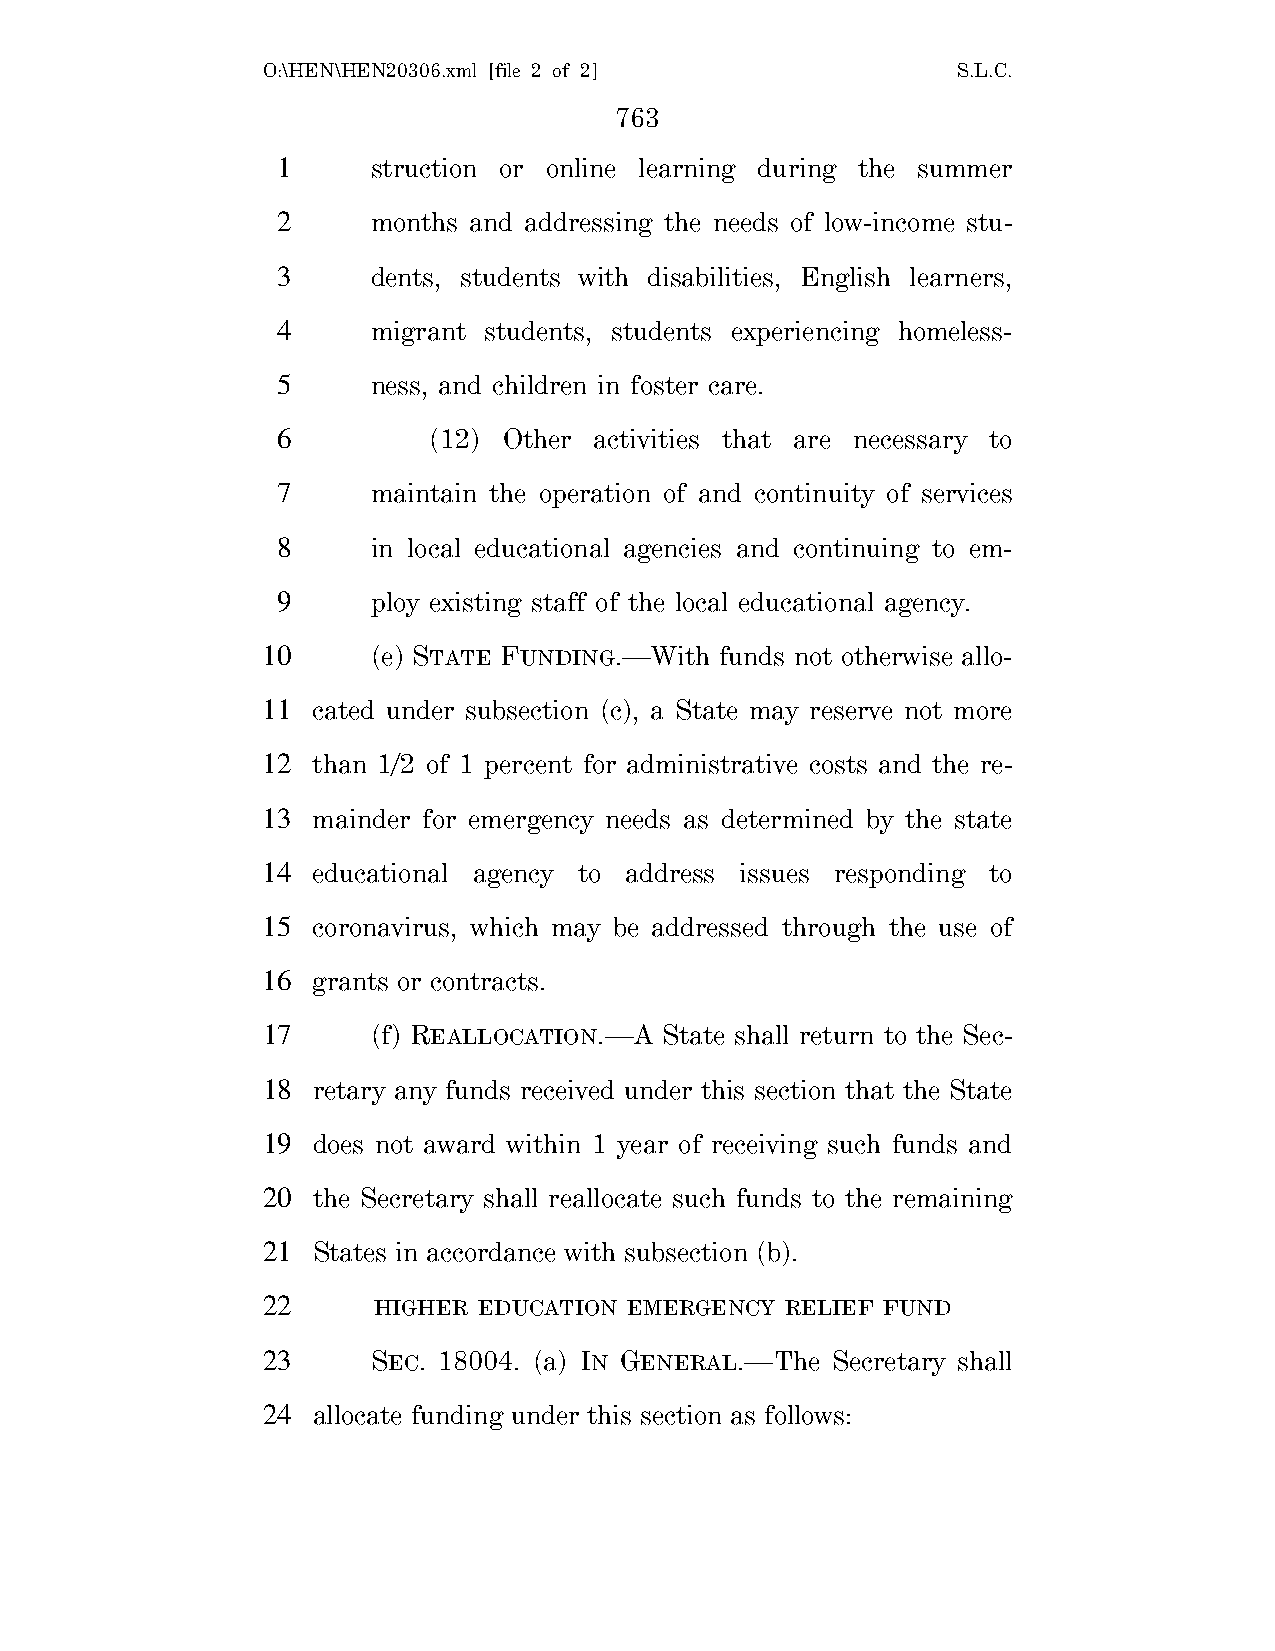
O:\HEN\HEN20306.xml [file 2 of 2]             S.L.C.
 763
 1      struction or online learning during the summer
 2      months and addressing the needs of low-income stu-
 3      dents, students with disabilities, English learners,
 4      migrant students, students experiencing homeless-
 5      ness, and children in foster care.
 6         (12) Other activities that are necessary to
 7      maintain the operation of and continuity of services
 8      in local educational agencies and continuing to em-
 9      ploy existing staff of the local educational agency.
 10      (e) STATE FUNDING.—With funds not otherwise allo-
 11  cated under subsection (c), a State may reserve not more
 12  than 1/2 of 1 percent for administrative costs and the re-
 13  mainder for emergency needs as determined by the state
 14  educational agency to address issues responding to
 15  coronavirus, which may be addressed through the use of
 16  grants or contracts.
 17      (f) REALLOCATION.—A State shall return to the Sec-
 18  retary any funds received under this section that the State
 19  does not award within 1 year of receiving such funds and
 20  the Secretary shall reallocate such funds to the remaining
 21  States in accordance with subsection (b).
 22      HIGHER EDUCATION EMERGENCY RELIEF FUND
 23      SEC. 18004. (a) IN GENERAL.—The Secretary shall
 24  allocate funding under this section as follows: